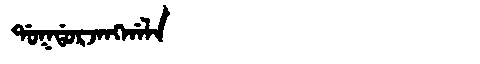
Manchu: ᡩᠣᡴᡩᠣᡵᠵᠠᠩᡤᠠᠯᠠ
Romanization: DOKDORJANGGALA